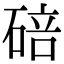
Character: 碚